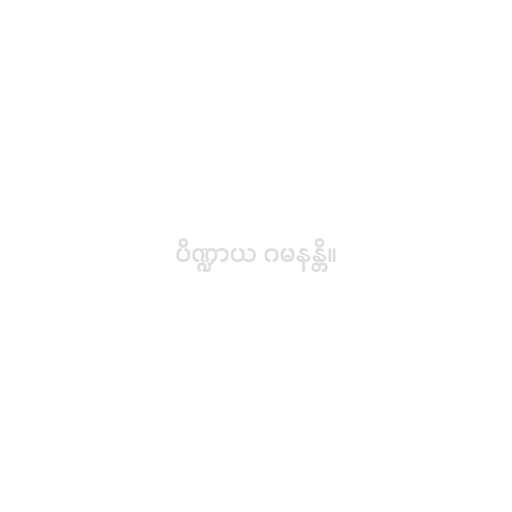
ပိဏ္ဍာယ ဂမနန္တိ။